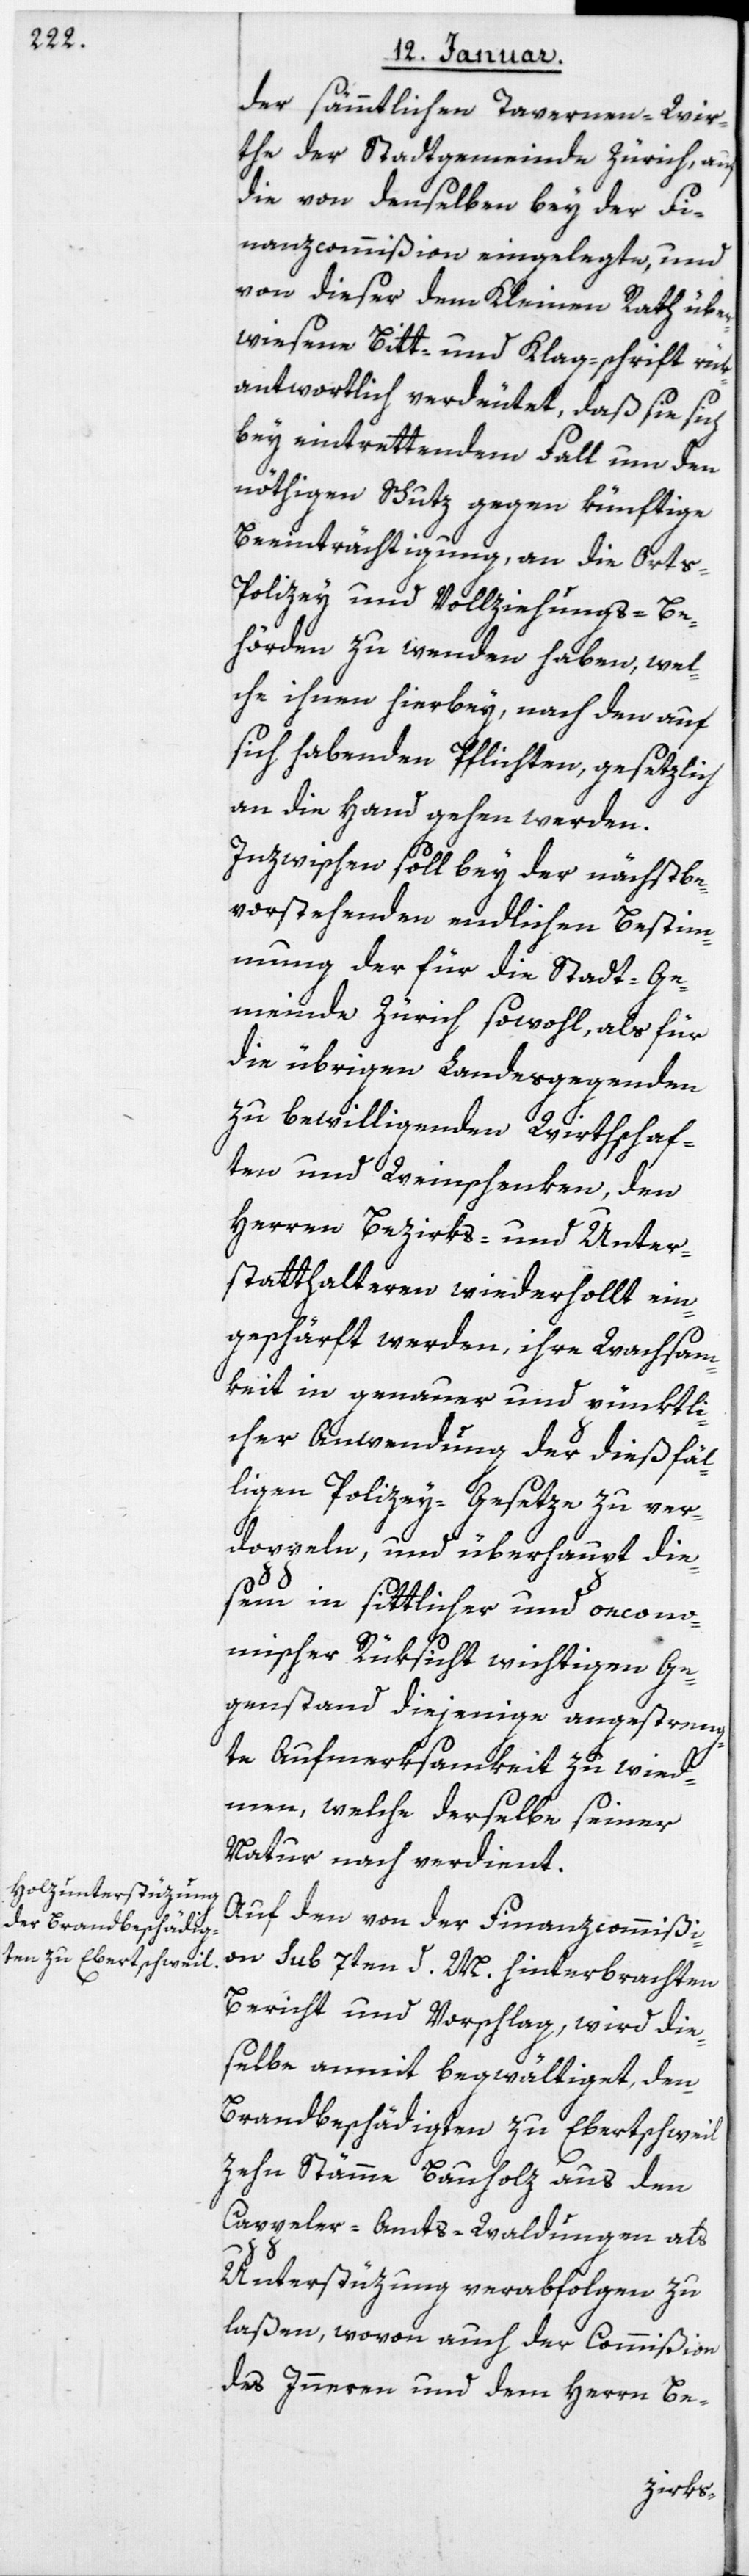
der sämmtlichen Tavernen-Wir¬
the der Stadtgemeinde Zürich, auf
die von denselben bey der Fi¬
nanzcommißion eingelegte, und
von dieser dem Kleinen Rath über¬
wiesene Bitt- und Klagschrift rük¬
antwortlich verdeutet, daß sie sich
bey eintrettendem Fall um den
nöthigen Schutz gegen künftige
Beeinträchtigung, an die Ort¬
s-Polizey und Vollziehungsbe¬
hörden zu wenden haben, wel¬
che ihnen hierbey, nach den auf
sich habenden Pflichten, gesetzlich
an die Hand gehen werden.
Inzwischen soll bey der nächst be¬
vorstehenden endlichen Bestim¬
mung der für die Stadtge¬
meinde Zürich sowohl, als für
die übrigen Landsgegenden
zu bewilligenden Wirthschaf¬
ten und Weinschenken, den
Herren Bezirks- und Unter¬
statthalteren wiederholt ein¬
geschärft werden, ihre Wachsam¬
keit in genauer und pünktli¬
cher Anwendung der dießfäl¬
ligen Polizey-Gesetze zu ver¬
doppeln, und überhaupt die¬
sem in sittlicher und öcono¬
mischer Rüksicht wichtigen Ge¬
genstand diejenige angestreng¬
te Aufmerksamkeit zu wid¬
men, welche derselbe seiner
Natur nach verdient.
Auf den von der Finanzcommißi¬
on Sub 7ten d. M. hinterbrachten
Bericht und Vorschlag, wird die¬
selbe anmit begwältiget, den
Brandbeschädigten zu Ebertschweil
zehn Stämme Bauholz aus den
Cappeler-Amts-Waldungen als
Unterstüzung verabfolgen zu
laßen, wovon auch der Commißion
des Innern und dem Herrn Be-